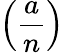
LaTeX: \left({\frac{a}{n}}\right)